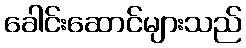
ခေါင်းဆောင်များသည်